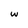
Character: w